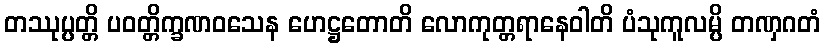
တဿုပ္ပတ္တိ ပဝတ္တိက္ခဏဝသေန ဟေဋ္ဌတောတိ လောကုတ္တရာနေဝါတိ ပံသုကူလမ္ပိ တဏှဂတံ